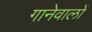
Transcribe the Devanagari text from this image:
गानेवालों